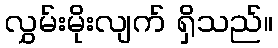
လွှမ်းမိုးလျက် ရှိသည်။